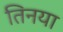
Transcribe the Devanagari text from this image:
तिनया